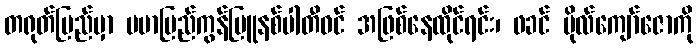
တရုတ်ပြည်မှာ ဗမာပြည်ကွန်မြူနစ်ပါတီဝင် အဖြစ်နေထိုင်ရင်း၊ ဖခင် ဗိုလ်ကျော်ဇောကို